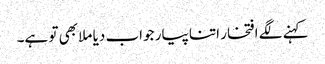
کہنے لگے افتخار اتنا پیار جواب دیا ملا بھی تو ہے۔